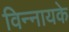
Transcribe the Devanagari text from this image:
विन्नायके